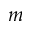
m